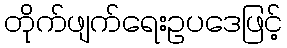
တိုက်ဖျက်ရေးဥပဒေဖြင့်